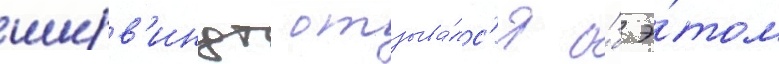
ширв'индт отзыва́лс'я о́б э́том